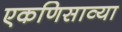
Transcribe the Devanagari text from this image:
एकणिसाव्या